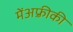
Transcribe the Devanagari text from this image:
मेंअफ़्रीकी